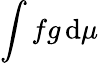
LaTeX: \int fg\, \mathrm{d}\mu